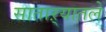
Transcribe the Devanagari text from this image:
साताऱ्यातले